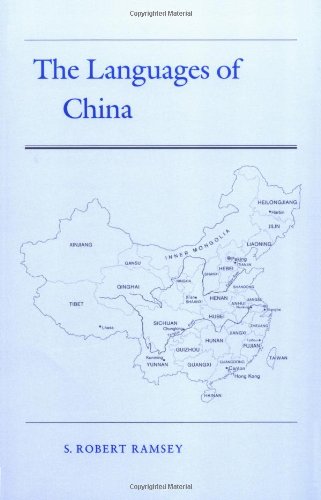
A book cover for The Languages of China; S. Robert Ramsey; Literature & Fiction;